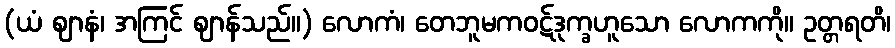
(ယံ ဈာနံ၊ အကြင် ဈာန်သည်။) လောကံ၊ တေဘူမကဝဋ်ဒုက္ခဟူသော လောကကို။ ဥတ္တရတိ၊